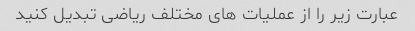
عبارت زیر را از عملیات های مختلف ریاضی تبدیل کنید